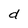
Character: d